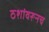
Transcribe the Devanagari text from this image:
ठशांवरूनच